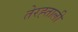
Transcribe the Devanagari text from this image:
तेरह्ताली